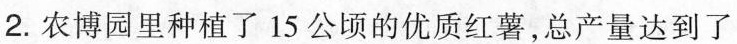
2. 农博园里种植了15公顷的优质红薯，总产量达到了